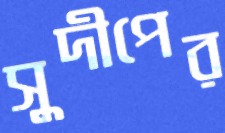
সুদীপের